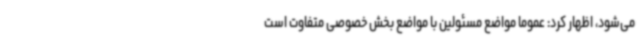
می‌شود، اظهار کرد: عموما مواضع مسئولین با مواضع بخش خصوصی متفاوت است